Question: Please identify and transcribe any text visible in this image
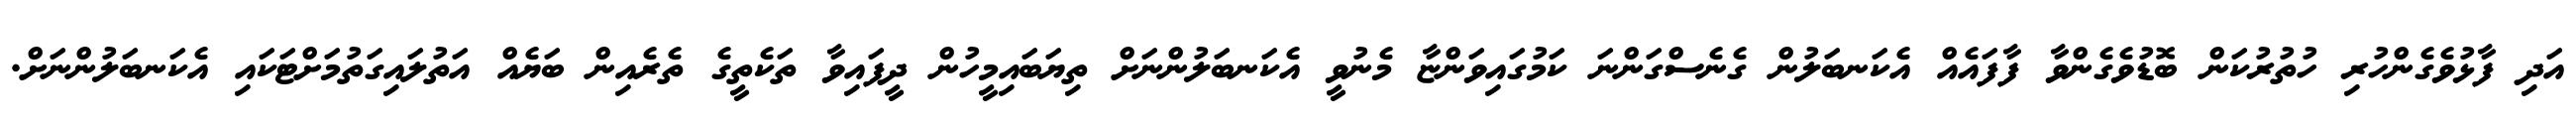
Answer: އަދި ފާޅުވެގެންހުރި ހުތުރުކަން ބޮޑުވެގެންވާ ފާފައެއް އެކަނބަލުން ގެނެސްގަންނަ ކަމުގައިވަންޏާ މެނުވީ އެކަނބަލުންނަށް ތިޔަބައިމީހުން ދީފައިވާ ތަކެތީގެ ތެރެއިން ބަޔެއް އަތުލައިގަތުމަށްޓަކައި އެކަނބަލުންނަށް.